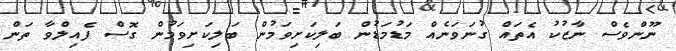
ނޫންވެސް ނާޒުކު އެތައް ގުނަވަނެއް މަޑުމަޑުން ބަލިކަށިވަމުން ބަލިކަށިވަމުން ގޮސް ފެއިލްވާ ތަން